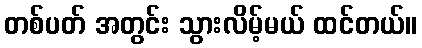
တစ်ပတ် အတွင်း သွားလိမ့်မယ် ထင်တယ်။